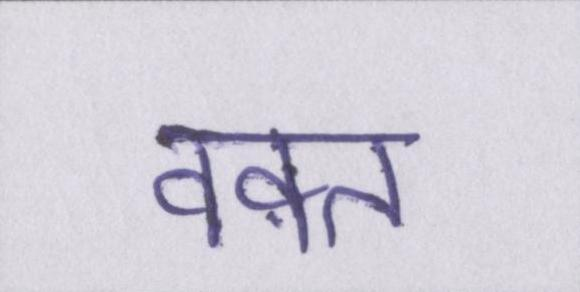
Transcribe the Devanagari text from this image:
वक़्त